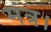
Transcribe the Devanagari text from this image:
मंत्र।